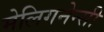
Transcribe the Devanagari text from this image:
मेलिगनेन्सी